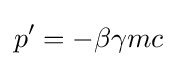
p^{\prime }=-\beta \gamma mc